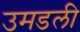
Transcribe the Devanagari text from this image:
उमडली